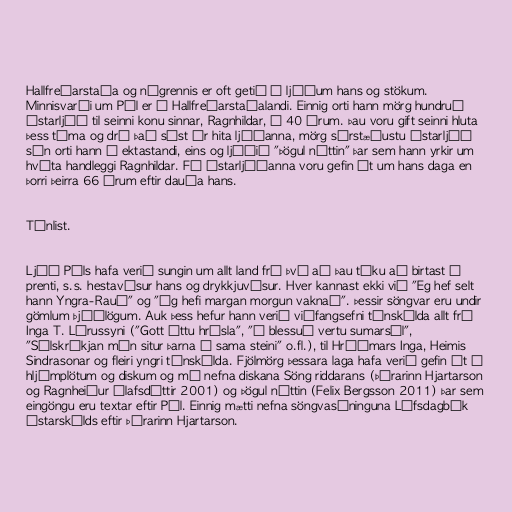
Hallfreðarstaða og nágrennis er oft getið í ljóðum hans og stökum.
Minnisvarði um Pál er í Hallfreðarstaðalandi. Einnig orti hann mörg hundruð
ástarljóð til seinni konu sinnar, Ragnhildar, á 40 árum. Þau voru gift seinni hluta
þess tíma og dró það síst úr hita ljóðanna, mörg sérstæðustu ástarljóð
sín orti hann í ektastandi, eins og ljóðið "Þögul nóttin" þar sem hann yrkir um
hvíta handleggi Ragnhildar. Fá ástarljóðanna voru gefin út um hans daga en
þorri þeirra 66 árum eftir dauða hans.

Tónlist.

Ljóð Páls hafa verið sungin um allt land frá því að þau tóku að birtast á
prenti, s.s. hestavísur hans og drykkjuvísur. Hver kannast ekki við "Eg hef selt
hann Yngra-Rauð" og "Ég hefi margan morgun vaknað". Þessir söngvar eru undir
gömlum þjóðlögum. Auk þess hefur hann verið viðfangsefni tónskálda allt frá
Inga T. Lárussyni ("Gott áttu hrísla", "Ó blessuð vertu sumarsól",
"Sólskríkjan mín situr þarna á sama steini" o.fl.), til Hróðmars Inga, Heimis
Sindrasonar og fleiri yngri tónskálda. Fjölmörg þessara laga hafa verið gefin út á
hljómplötum og diskum og má nefna diskana Söng riddarans (Þórarinn Hjartarson
og Ragnheiður Ólafsdóttir 2001) og Þögul nóttin (Felix Bergsson 2011) þar sem
eingöngu eru textar eftir Pál. Einnig mætti nefna söngvasýninguna Lífsdagbók
ástarskálds eftir Þórarinn Hjartarson.